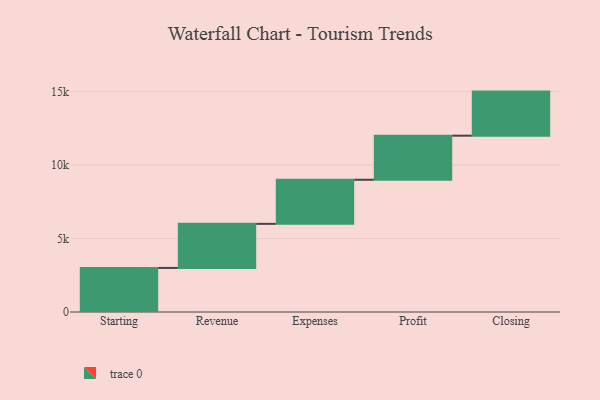
{"axis": {"x": "Step", "y": "Value"}, "legend": [""], "data": [{"x": "Starting", "y": 3000, "type": ""}, {"x": "Revenue", "y": 3000, "type": ""}, {"x": "Expenses", "y": 3000, "type": ""}, {"x": "Profit", "y": 3000, "type": ""}, {"x": "Closing", "y": 3000, "type": ""}]}